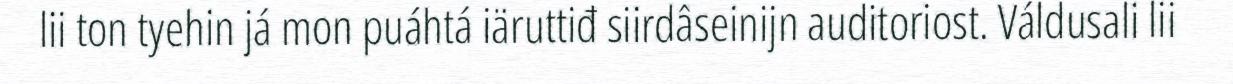
lii ton tyehin já mon puáhtá iäruttiđ siirdâseinijn auditoriost. Váldusali lii